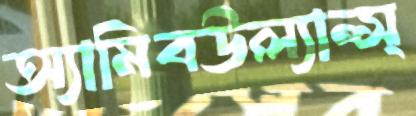
অ্যামিবউল্যান্স্